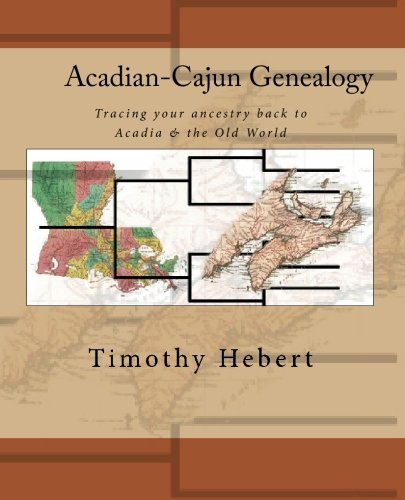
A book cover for Acadian-Cajun Genealogy: Tracing your ancestry back to Acadia & the Old World; Timothy Hebert; Reference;